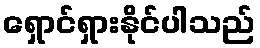
ရှောင်ရှားနိုင်ပါသည်